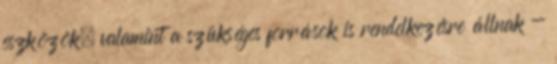
eszközök, valamint a szükséges források is rendelkezésre állnak -